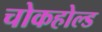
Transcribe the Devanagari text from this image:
चोकहोल्ड